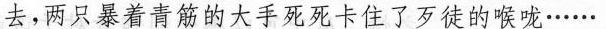
去，两只暴着青筋的大手死死卡住了歹徒的喉咙……